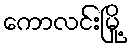
ကောလင်းမြို့